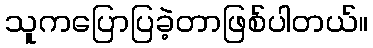
သူကပြောပြခဲ့တာဖြစ်ပါတယ်။